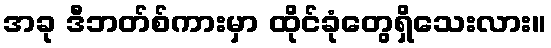
အခု ဒီဘတ်စ်ကားမှာ ထိုင်ခုံတွေရှိသေးလား။